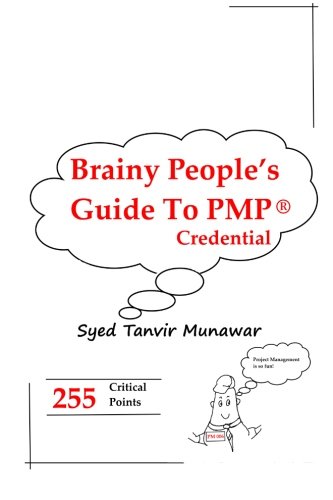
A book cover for Brainy People's Guide To PMPÂ® Credential: 255 Points To Get You Ready; Mr. Syed Tanvir Munawar; Test Preparation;